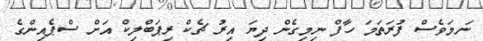
ނަމަވެސް ފުރަތަމަ ހާފް ނިމިގެން ދިޔަ އިރު ޗެކް ރިޕަބްލިކް އަށް ސްޕެއިންގެ